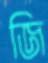
জি